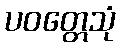
ပဝတ္တေသုံ